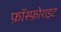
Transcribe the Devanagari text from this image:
फ़ॉस्फ़ोराइट